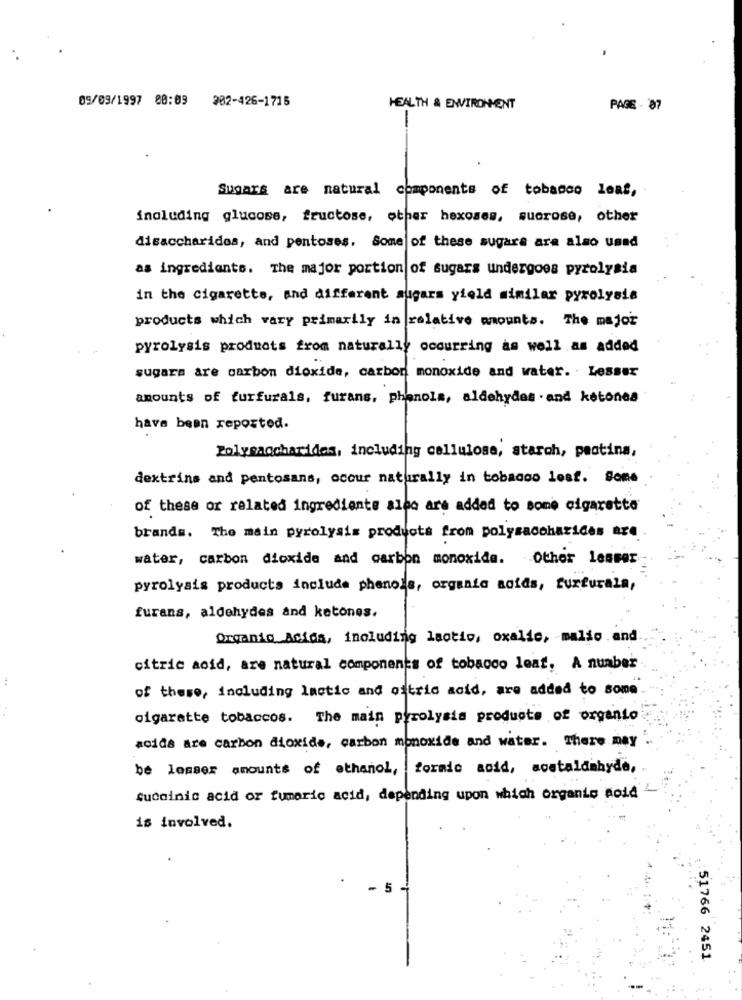
09/09/1997 80:09 202-426-1715
HEALTH & ENVIRONMENT
PAGE - 87
-
Sugars are natural components of tobacco leaf,
inoluding glucose, fructose, other hexoses, sucrose, other
disaccharides, and pentoses. Some of these sugara are also used
as ingrediants. The major portion of sugars undergoes pyrolysis
in the cigarette, and different sugars yield similar pyrolysis
products which vary primarily in relative amounts. The major
pyrolysis products from naturally occurring as well as added
sugara are carbon dioxide, carbon monoxide and water. Lesser
amounts of furfurals, furans, phenols, aldehydes . and ketones
have been reported.
Polysaccharides, including cellulose, starch, peotina,
dextrins and pentosans, occur naturally in tobacco lesf. Some
of these or related ingrediente alec are added to some cigarette
brands. The main pyrolysis products from polysaccharides are
water, carbon dioxide and carbon monoxide. Other lesser
pyrolysis products include phenols, organia acids, furfurala,
furans, aldehydes and ketones.
Organic Acida, including lactic, oxalic, malio and
citric acid, are natural components of tobacco leaf, A number
--.
of these, including lactic and oftric acid, are added to some
...
cigarette tobaccos. The main pyrolysis products of organto
acida are carbon dioxide, carbon monoxide and water. There may
be losser amounts of ethanol, formic acid, acetaldahyde,
Sucoinic acid or fumaric acid, depending upon which organis aold
is involved.
- 5
51766 2451